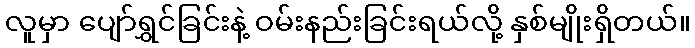
လူမှာ ပျော်ရွှင်ခြင်းနဲ့ ဝမ်းနည်းခြင်းရယ်လို့ နှစ်မျိုးရှိတယ်။